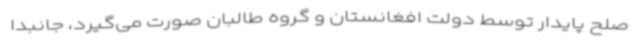
صلح پایدار توسط دولت افغانستان و گروه طالبان صورت می‌گیرد، جانبدا